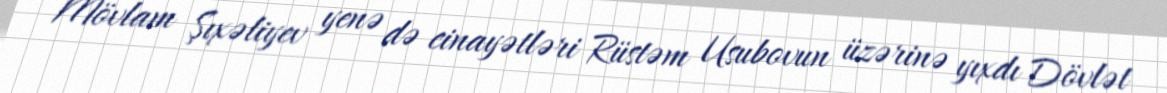
Mövlam Şıxəliyev yenə də cinayətləri Rüstəm Usubovun üzərinə yıxdı Dövlət